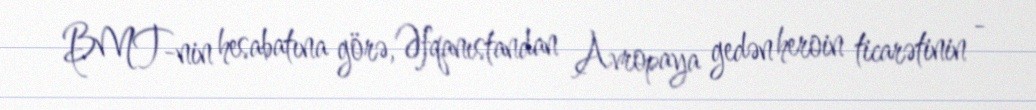
BMT-nin hesabatına görə, Əfqanıstandan Avropaya gedən heroin ticarətinin -